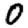
Digit: 0